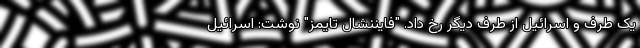
یک طرف و اسرائیل از طرف دیگر رخ داد. "فایننشال تایمز" نوشت: اسرائیل